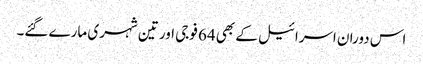
اس دوران اسرائیل کے بھی 64 فوجی اور تین شہری مارے گئے۔